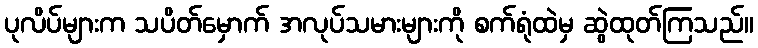
ပုလိပ်များက သပိတ်မှောက် အလုပ်သမားများကို စက်ရုံထဲမှ ဆွဲထုတ်ကြသည်။